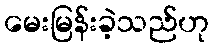
မေးမြန်းခဲ့သည်ဟု